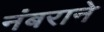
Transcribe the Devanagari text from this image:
नंबराने